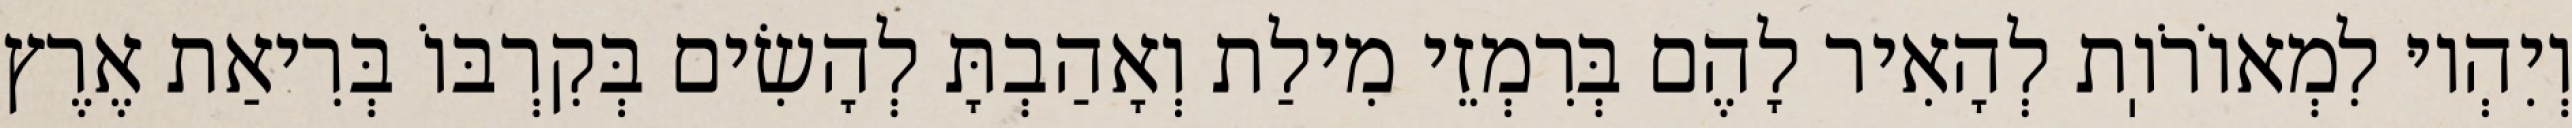
וְיִהְיוּ לִמְאוֹרֹוֽת לְהָאִיר לָהֶם בְּרִמְזֵי מִילַת וְאָהַבְתָּ לְהָשִׂים בְּקִרְבּוֹ בְּרִיאַת אֶרֶץ